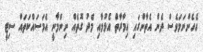
އެހެންނަމަވެސް ދެން އެތާންގައި އިމާރާތް އެޅުމާއި މެދު ގޮތެއް ނިންމާނީ އެމަސައްކަތައް ސިޓީ